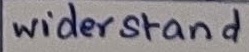
Text: widerstand